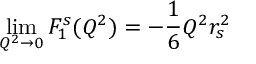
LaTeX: \operatorname * { l i m } _ { Q ^ { 2 } \rightarrow 0 } F _ { 1 } ^ { s } ( Q ^ { 2 } ) = - { \frac { 1 } { 6 } } Q ^ { 2 } r _ { s } ^ { 2 }